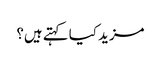
مزید کیا کہتے ہیں؟